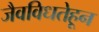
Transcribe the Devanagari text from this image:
जैवविधतेहून